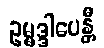
ဥမ္မဒ္ဒါပေန္တီ